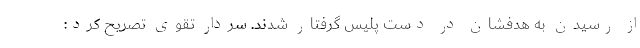
از رسیدن به هدفشان در دست پلیس گرفتار شدند. سردار تقوی تصریح کرد: